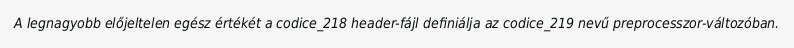
A legnagyobb előjeltelen egész értékét a codice_218 header-fájl definiálja az codice_219 nevű preprocesszor-változóban.